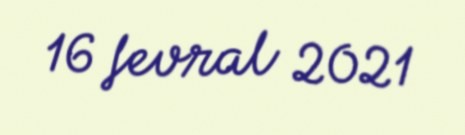
16 fevral 2021